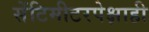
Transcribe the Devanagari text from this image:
सेंटिमीटरपेक्षाही